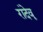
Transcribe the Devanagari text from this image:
रांदेवू